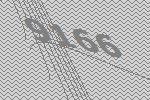
9166